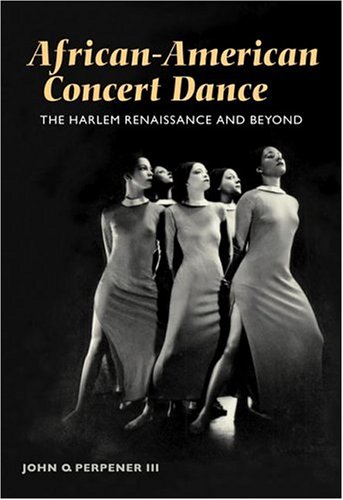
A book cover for African-American Concert Dance: THE HARLEM RENAISSANCE AND BEYOND; John Perpener; Biographies & Memoirs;